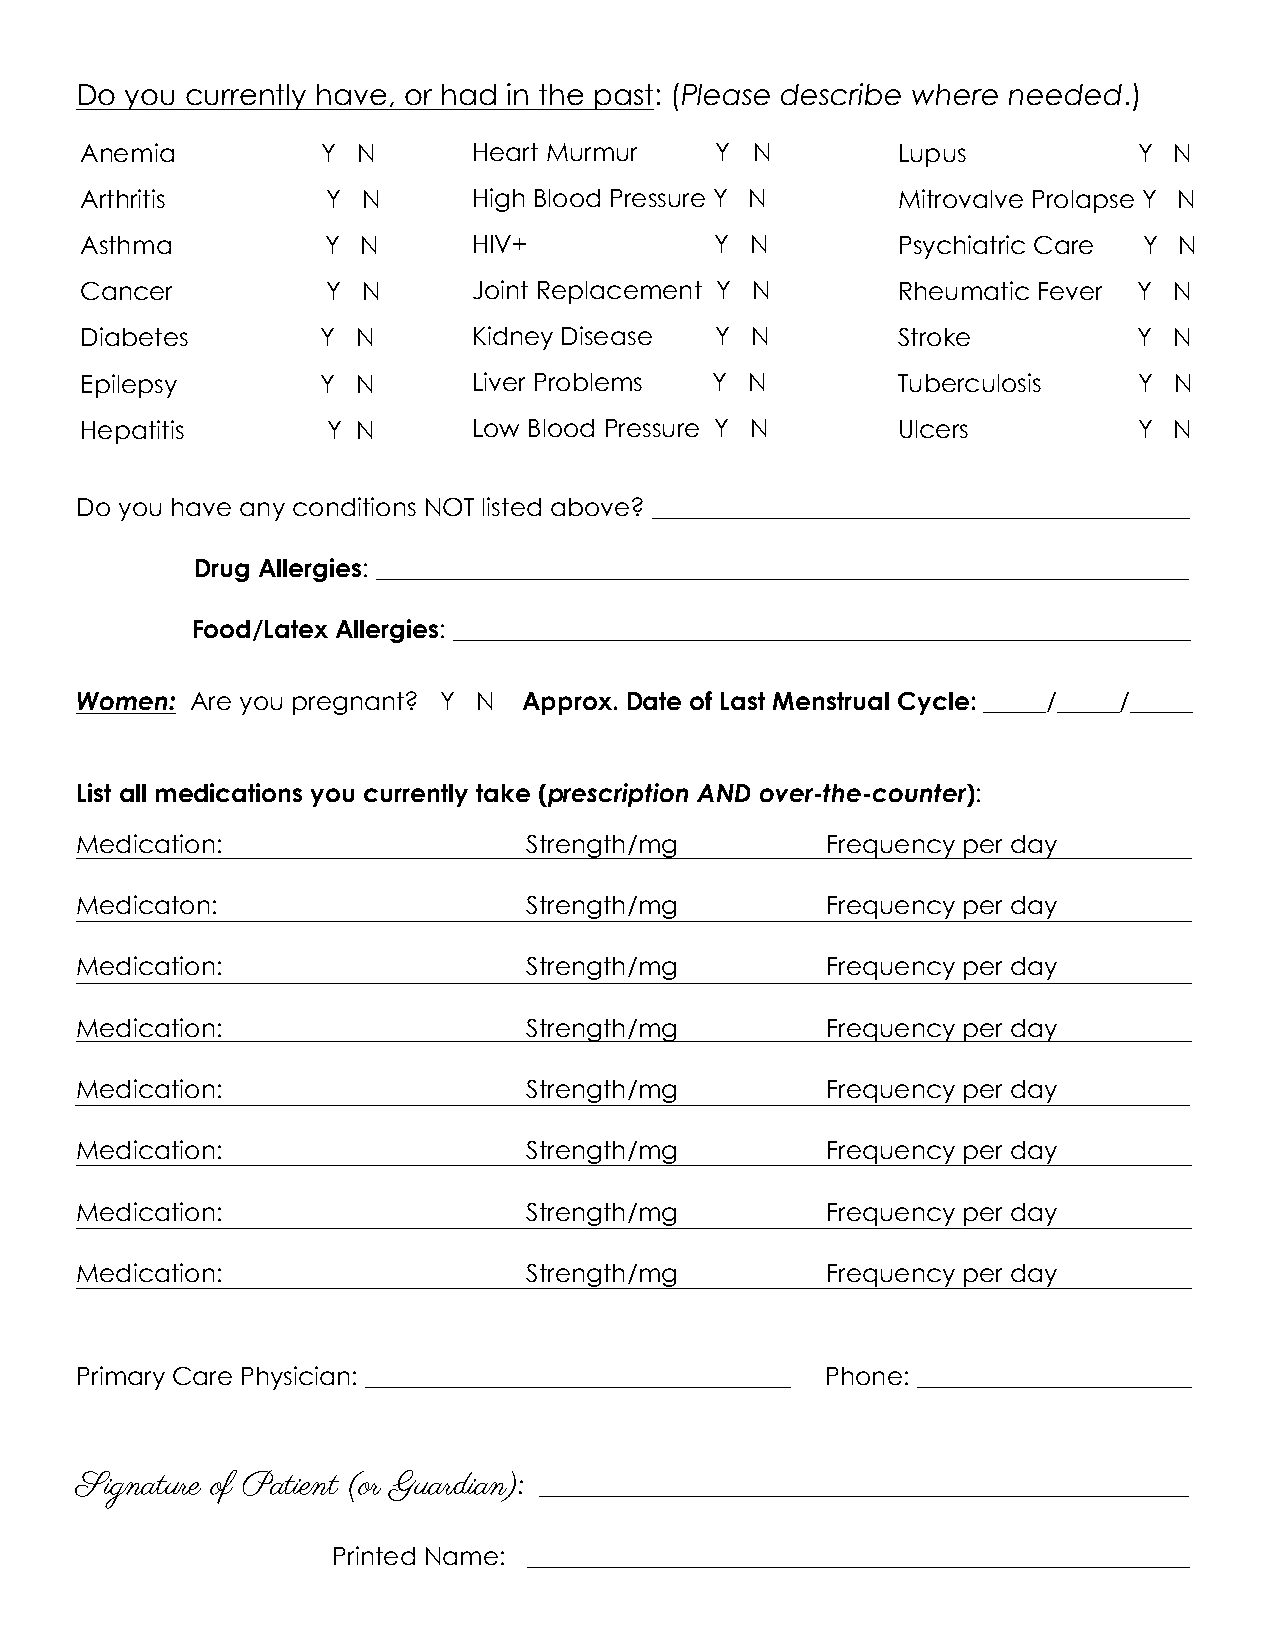
Do you currently have, or had in the past: (Please describe where needed.)
 Anemia          Y  N      Heart Murmur    Y  N        Lupus           Y  N
 Arthritis        Y N      High Blood Pressure Y N     Mitrovalve Prolapse Y N
 Asthma           Y N      HIV+            Y  N        Psychiatric Care Y N
 Cancer           Y N      Joint Replacement Y N       Rheumatic Fever Y  N
 Diabetes        Y  N      Kidney Disease  Y  N        Stroke          Y  N
 Epilepsy        Y  N      Liver Problems  Y  N        Tuberculosis    Y  N
 Hepatitis        Y N      Low Blood Pressure Y N      Ulcers          Y  N
 Do you have any conditions NOT listed above? ___________________________________________
 Drug Allergies: _________________________________________________________________
 Food/Latex Allergies: ___________________________________________________________
 Women:  Are you pregnant? Y N Approx. Date of Last Menstrual Cycle: _____/_____/_____
 List all medications you currently take (prescription AND over-the-counter):
 Medication:                   Strength/mg         Frequency per day
 Medicaton:                    Strength/mg         Frequency per day
 Medication:                   Strength/mg         Frequency per day
 Medication:                   Strength/mg         Frequency per day
 Medication:                   Strength/mg         Frequency per day
 Medication:                   Strength/mg         Frequency per day
 Medication:                   Strength/mg         Frequency per day
 Medication:                   Strength/mg         Frequency per day
 Primary Care Physician: __________________________________ Phone: ______________________
 Signature of Patient (or Guardian): ____________________________________________________
 Printed Name: _____________________________________________________